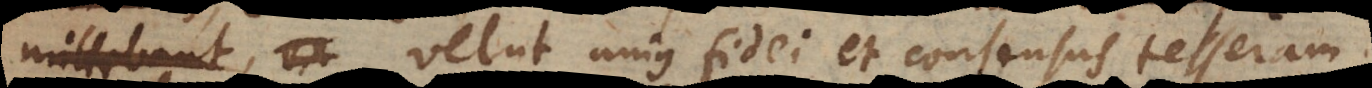
cibum velut unius fidei et consensus tesseram